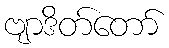
ဗျာဒိတ်တော်